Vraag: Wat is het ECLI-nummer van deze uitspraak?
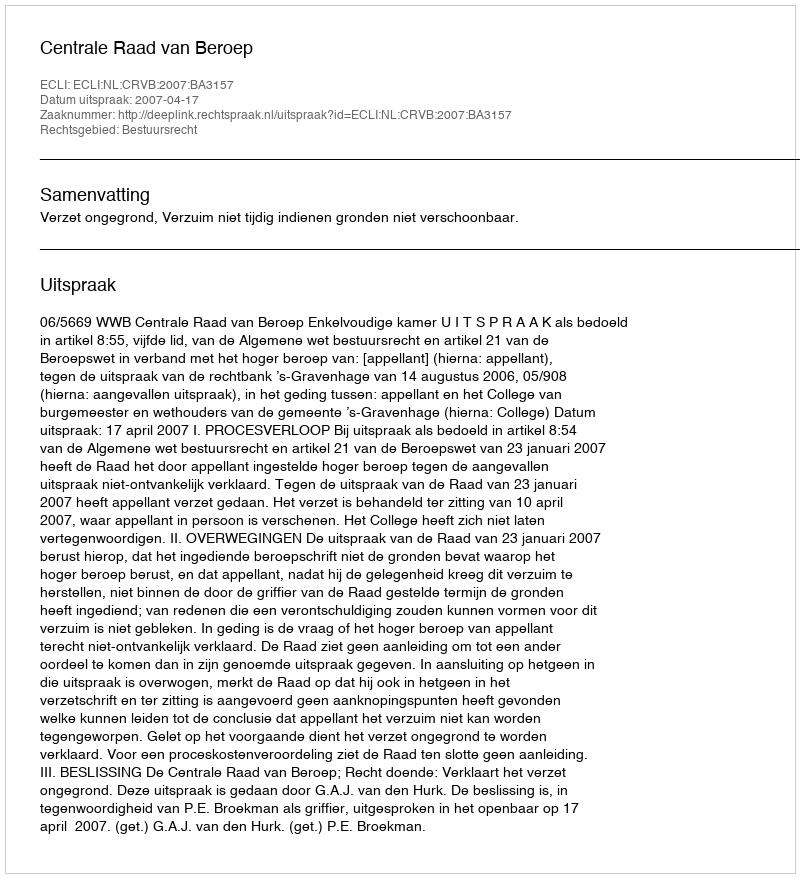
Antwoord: ECLI:NL:CRVB:2007:BA3157